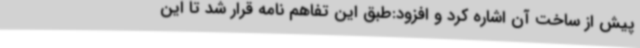
پیش از ساخت آن اشاره کرد و افزود:طبق این تفاهم نامه قرار شد تا این